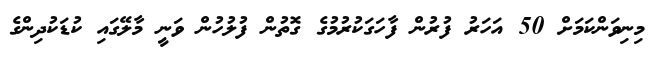
މިނިވަންކަމަށް 50 އަހަރު ފުރުން ފާހަގަކުރުމުގެ ގޮތުން ފުލުހުން ވަނީ މާލޭގައި ކުޑަކުދިންގެ